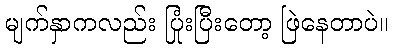
မျက်နှာကလည်း ပြုံးပြီးတော့ ဖြဲနေတာပဲ။